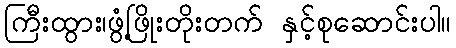
ကြီးထွား၊ဖွံ့ဖြိုးတိုးတက် နှင့်စုဆောင်းပါ။